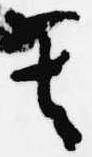
其